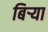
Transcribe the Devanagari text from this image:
बिर्‍या